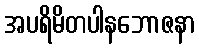
အပရိမိတပါနဘောဇနာ